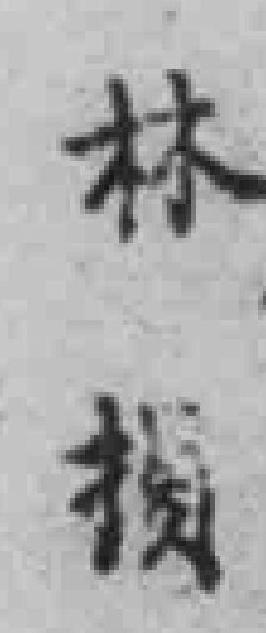
林*